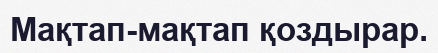
Мақтап-мақтап қоздырар.